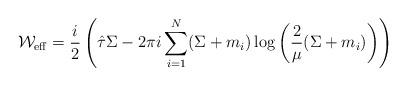
LaTeX: \begin{align*}{\cal W}_{\rm eff}=\frac{i}{2}\left(\hat{\tau}\Sigma-{2\pi i}\sum_{i=1}^{N}(\Sigma+m_{i})\log\left(\frac{2}{\mu}(\Sigma+m_{i})\right)\right)\end{align*}